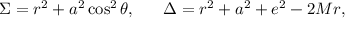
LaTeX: \Sigma = r ^ { 2 } + a ^ { 2 } \cos ^ { 2 } \theta , ~ ~ ~ ~ ~ \Delta = r ^ { 2 } + a ^ { 2 } + e ^ { 2 } - 2 M r ,